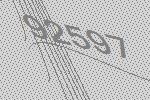
92597